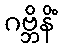
ဂဗ္ဘိနိံ